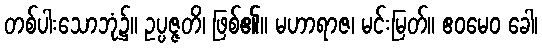
တစ်ပါးသောဘုံ၌။ ဥပ္ပဇ္ဇတိ၊ ဖြစ်၏။ မဟာရာဇ၊ မင်းမြတ်။ ဧဝမေဝ ခေါ၊